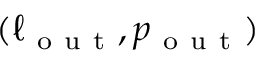
( \ell _ { \mathrm { ~ o ~ u ~ t ~ } } , p _ { \mathrm { ~ o ~ u ~ t ~ } } )